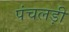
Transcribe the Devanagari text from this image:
पंचलड़ी